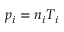
p _ { i } = n _ { i } T _ { i }